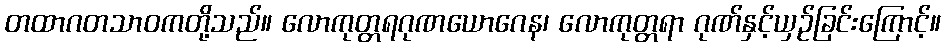
တထာဂတသာဝကတို့သည်။ လောကုတ္တရဂုဏယောဂေန၊ လောကုတ္တရာ ဂုဏ်နှင့်ယှဉ်ခြင်းကြောင့်။